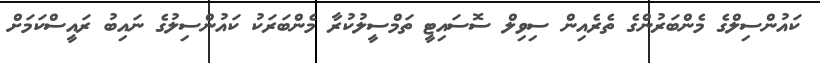
ކައުންސިލްގެ މެންބަރުންގެ ތެރެއިން ސިވިލް ސޮސައިޓީ ތަމްސީލުކުރާ މެންބަރަކު ކައުންސިލުގެ ނައިބު ރައީސްކަމަށް